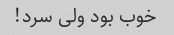
خوب بود ولی سرد!